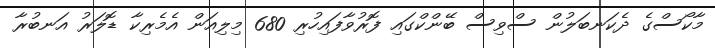
މާކޯސްގެ ދެކަނބަލުން ސްވިސް ބޭންކްގައި ފޮރުވާފައިހުރި 680 މިލިއަން އެމެރިކާ ޑޮލަރު އަނބުރާ